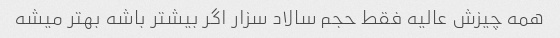
همه چیزش عالیه فقط حجم سالاد سزار اگر بیشتر باشه بهتر میشه